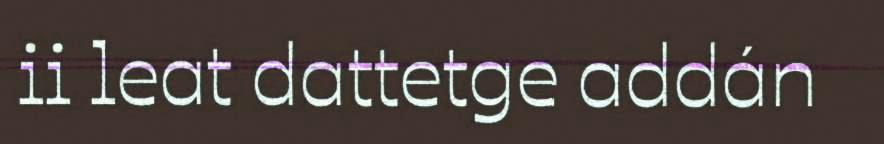
ii leat dattetge addán